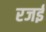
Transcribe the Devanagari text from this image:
रजई